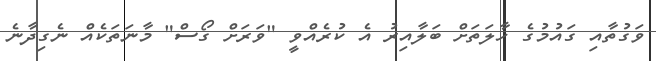
ވަގުތާއި ގައުމުގެ ހާލަތަށް ބަލާއިރު އެ ކުރެއްވީ "ވަރަށް ގޯސް" މާނަތަކެއް ނެގިދާނެ